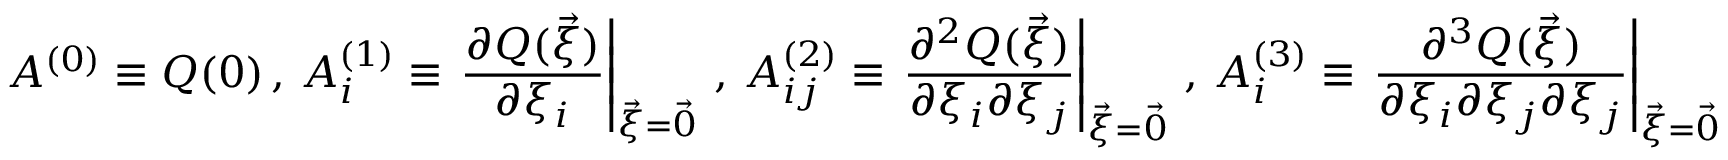
A ^ { ( 0 ) } \equiv Q ( \boldsymbol { 0 } ) \, , \, A _ { i } ^ { ( 1 ) } \equiv \left. \frac { \partial Q ( \vec { \xi } ) } { \partial \xi _ { i } } \right| _ { \vec { \xi } = \vec { 0 } } \, , \, A _ { i j } ^ { ( 2 ) } \equiv \left. \frac { \partial ^ { 2 } Q ( \vec { \xi } ) } { \partial \xi _ { i } \partial \xi _ { j } } \right| _ { \vec { \xi } = \vec { 0 } } \, , \, A _ { i } ^ { ( 3 ) } \equiv \left. \frac { \partial ^ { 3 } Q ( \vec { \xi } ) } { \partial \xi _ { i } \partial \xi _ { j } \partial \xi _ { j } } \right| _ { \vec { \xi } = \vec { 0 } }